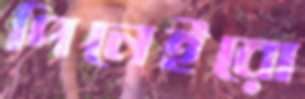
পিনেইরো